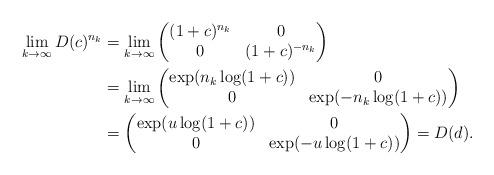
LaTeX: \begin{align*}\begin{aligned}\lim_{k \to \infty} D(c)^{n_k} & = \lim_{k \to \infty} \left( \begin{matrix} (1+c)^{n_k} & 0 \\ 0 & (1+c)^{-n_k} \end{matrix} \right) \\& = \lim_{k \to \infty} \left( \begin{matrix} \exp(n_k \log(1+c)) & 0 \\ 0 & \exp(-n_k \log(1+c)) \end{matrix} \right) \\& = \left( \begin{matrix} \exp(u \log(1+c)) & 0 \\ 0 & \exp(-u \log(1+c)) \end{matrix} \right) = D(d).\end{aligned}\end{align*}